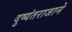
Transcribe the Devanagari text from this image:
दुष्यंतराजाने